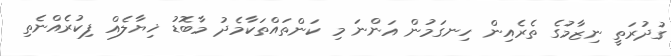
ގުދުރަތީ ނިޒާމުގެ ތެރެއިން ހިނގަމުން އަންނަ މި ކަންތައްތަކާމެދު މާބޮޑު ޚިޔާލެއް ފިކުރެއްނެތި